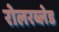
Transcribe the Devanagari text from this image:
रोलरब्लेड